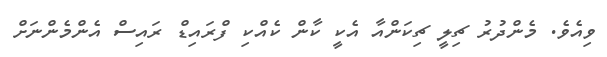
ވިއެވެ. މެންދުރު ޗިލީ ޗިކަންއާ އެކީ ކާން ކެއްކި ފްރައިޑް ރައިސް އެންމެންނަށް